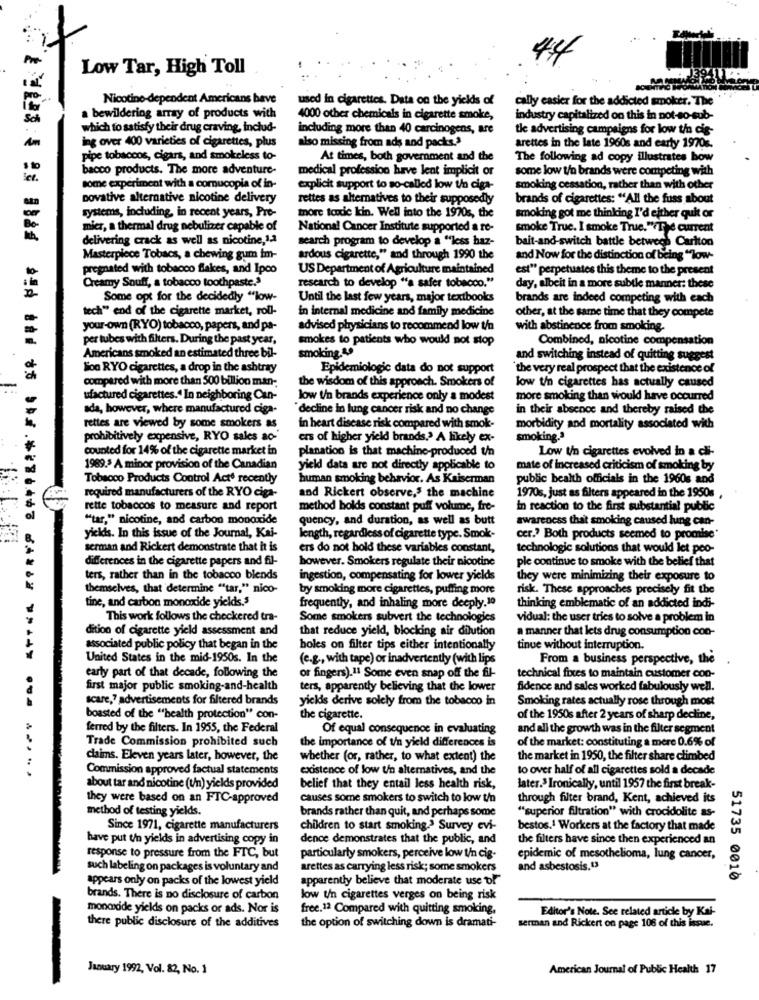
Low Tar, High Toll
Nicotine-dependent Americans bave
used in cigarettes. Data on the yields of
cally easier for the addicted smoker. The
Sch
a bewildering array of products with
4000 other chemicals in cigarette smoke,
industry capitalized on this in not-so-sub-
which to satisfy their drug craving, includ-
including more than 40 carcinogens, are
tle advertising campaigns for low ti cis-
ing over 400 varieties of cigarettes, plus
Am
also missing from ads and packs.3
arettes in the late 1960s and early 1970%.
pipe tobaccos, cigars, and smokeless to-
At times, both government and the
The following ad copy illustrates how
bacco products. The more adventure-
medical profession have lent implicit or
some low t/a brands were competing with
See.
some experiment with a comucopia of in-
explicit support to so-called low to ciga-
smoking cessation, rather than with other
novative alternative nicotine delivery
rettes as alternatives to their supposedly
brands of cigarettes: "All the fuss about
systems, including, in recent years, Pre-
thore tonde kin. Well into the 1970s, the
smoking got me thinking I'd either quit or
mier, a thermal drug nebulizer capable of
National Cancer Institute supported a re-
smoke True. I smoke True."The current
delivering crack as well as nicotine,1.a
search program to develop a "less haz-
bait-and-switch battle between Carlton
Masterpiece Tobacs, a chewing gum im-
ardous cigarette," and through 1990 the
and Now for the distinction of being "low-
pregnated with tobacco flakes, and Ipco
US Department of Agriculture maintained
est" perpetuates this theme to the present
Creamy Souff, a tobacco toothpaste."
research to develop "a safer tobacco."
day, albeit in a more subtle manner: these
Some opt for the decidedly "low-
Until the last few years, major textbooks
brands are indeed competing with each
tech" end of the cigarette market, roll-
in internal medicine and family medicine
other, at the same time that they compete
your-own (RYO) tobacco, papers, and pa-
advised physicians to recommend low t/a
with abstinence from smoking.
per tubes with filters. During the past year,
smokes to patients who would not stop
Combined, nicotine compensation
smoking.40
Americans smoked an estimated three bil-
and switching instead of quitting suggest
lion RYO cigarettes, a drop in the ashtray
Epidemiologic data do not support
'the very real prospect that the existence of
compared with more than 500 billion man-
the wisdom of this approach. Smokers of
low t/n cigarettes has actually caused
ufactured cigarettes." In neighboring Can-
low t'n brands experience only a modest
more smoking than would have occurred
ada, however, where manufactured ciga-
"decline in lung cancer risk and no change
in their absence and thereby raised the
rettes are viewed by some smokers as
in heart disease risk compared with smok-
morbidity and mortality associated with
prohibitively expensive, RYO sales ac-'
ers of higher yield brands .? A likely ex-
smoking.3
counted for 14% of the cigarette market in
planation is that machine-produced t/n
Low In cigarettes evolved in a cli-
1989.3 A minor provision of the Canadian
yield data are not directly applicable to
mate of increased criticism of smoking by
Tobacco Products Control Acto recently
human smoking behavior. As Kaiserman
public bealth officials in the 1960s and
required manufacturers of the RYO ciga-
and Rickert observe," the machine
1970s, just as filters appeared in the 1950s ,
rette tobaccos to measure and report
method bolds constant puff volume, fre-
in reaction to the first substantial public
""tar," nicotine, and carbon monoxide
quency, and duration, as well as butt
awareness that smoking caused lung can-
yields. In this issue of the Journal, Kai-
length, regardless of cigarette type. Smok-
cer .? Both products seemed to promise'
serman and Rickert demonstrate that it is
ers do not hold these variables constant,
technologic solutions that would let peo-
differences in the cigarette papers and fil-
however. Smokers regulate their nicotine
ple continue to smoke with the belief that
ters, rather than in the tobacco blends
ingestion, compensating for lower yields
they were minimizing their exposure to
themselves, that determine ""tar," nico-
by smoking more cigarettes, puffing more
risk. These approaches precisely fit the
tine, and carbon monoxide yields.5
frequently, and inhaling more deeply.10
thinking emblematic of an addicted indi-
This work follows the checkered tra-
Some smokers subvert the technologies
vidual: the user tries to solve a problem in
dition of cigarette yield assessment and
that reduce yield, blocking air dilution
a manner that lets drug consumption con-
associated public policy that began in the
boles on filter tips either intentionally
tinue without interruption.
United States in the mid-1950s. In the
(e.g ., with tape) or inadvertently (with lips
From a business perspective, the
or fingers).11 Some even snap off the fl-
early part of that decade, following the
technical fixes to maintain customer con-
first major public smoking-and-health
ters, apparently believing that the lower
fidence and sales worked fabulously well.
scare,7 advertisements for filtered brands
yickdis derive solely from the tobacco in
Smoking rates actually rose through most
** ***** **** ***** 00#
boasted of the "health protection" con-
the cigarette.
of the 1950s after 2 years of sharp decline,
ferred by the filters. In 1955, the Federal
Of equal consequence in evaluating
and all the growth was in the filter segment
the importance of t'n yield differences is
of the market: constituting a mere 0.6% of
Trade Commission prohibited such
claims. Eleven years later, however, the
whether (or, rather, to what extent) the
the market in 1950, the filter share climbed
.....
Commission approved factual statements
existence of low t/n alternatives, and the
to over half of all cigarettes sold a decade
about tar and nicotine (t/n) yields provided
belief that they entail less health risk,
later.> Ironically, until 1957 the first break-
they were based on an FTC-approved
causes some smokers to switch to low t/n
through filter brand, Kent, achieved its
method of testing yields.
brands rather than quit, and perhaps some
"superior filtration" with crocidolite as-
Since 1971, cigarette manufacturers
children to start smoking .? Survey evi-
bestos.1 Workers at the factory that made
have put t'n yields in advertising copy in
dence demonstrates that the public, and
the filters have since then experienced an
response to pressure from the FTC, but
particularly smokers, perceive low t/n cig-
epidemic of mesothelioma, lung cancer,
such labeling on packages is voluntary and
arettes as carrying less risk; some smokers
and asbestosis.t3
appears only on packs of the lowest yield
apparently believe that moderate use of
51735 0010
brands. There is no disclosure of carbon
low t/n cigarettes verges on being risk
monoxide yields on packs or ads. Nor is
free.12 Compared with quitting smoking,
Editor's Note. See related article by Kai-
the option of switching down is dramati-
serman and Rickert on page 106 of this issue.
there public disclosure of the additives
January 1992, Vol. 82, No. 1
American Journal of Public Health 17